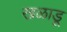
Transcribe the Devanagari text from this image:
खळाडू